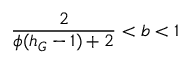
\frac { 2 } { \phi ( h _ { G } - 1 ) + 2 } < b < 1